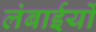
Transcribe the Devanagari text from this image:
लंबाईयों